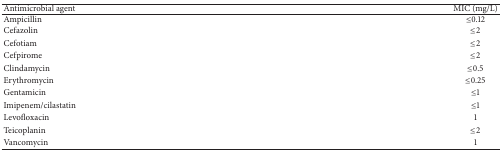
| Antimicrobial agent | MIC (mg/L) |
 | --- | --- |
 | Ampicillin | ≤0.12 |
 | Cefazolin | ≤2 |
 | Cefotiam | ≤2 |
 | Cefpirome | ≤2 |
 | Clindamycin | ≤0.5 |
 | Erythromycin | ≤0.25 |
 | Gentamicin | ≤1 |
 | Imipenem/cilastatin | ≤1 |
 | Levofloxacin | 1 |
 | Teicoplanin | ≤2 |
 | Vancomycin | 1 |